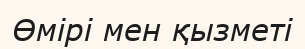
Өмірі мен қызметі